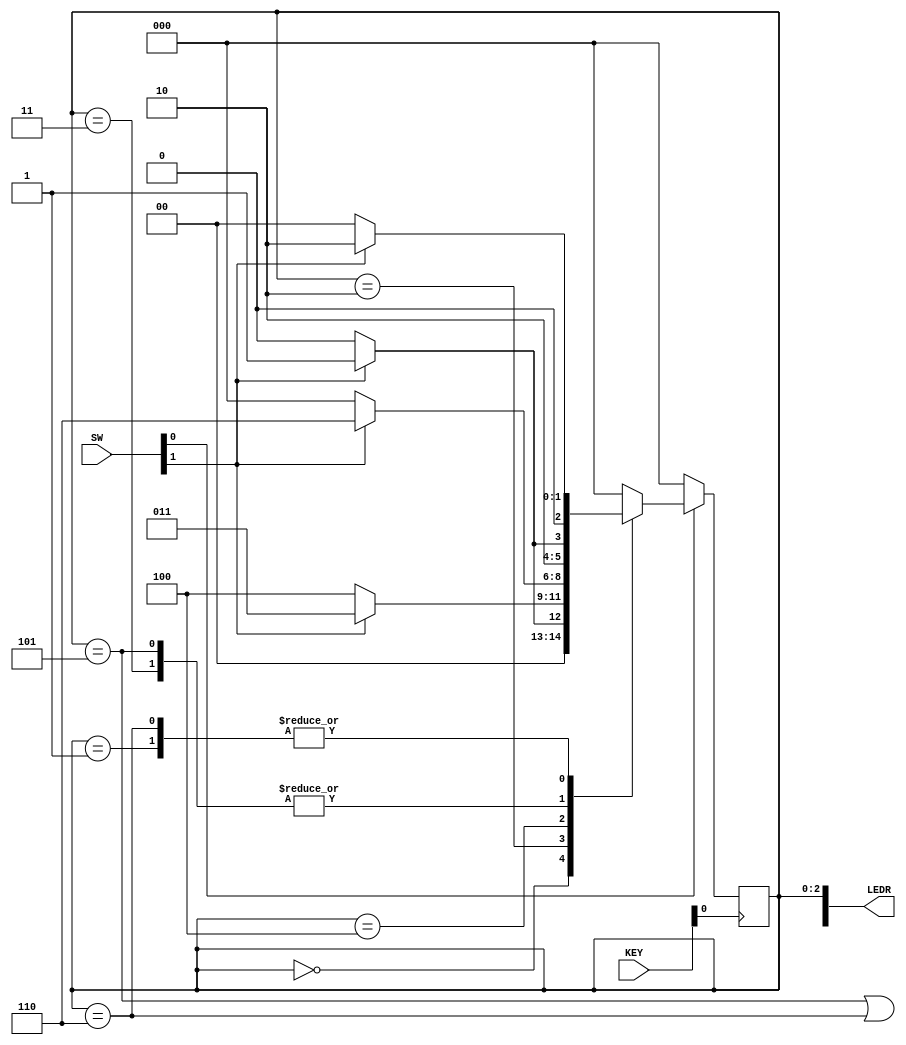
// SW[0] reset when 0
// SW[1] input signal (w)

// KEY[0] clock signal

// LEDR[2:0] displays current state
// LEDR[9] displays output

module sequence_detector(SW, KEY, LEDR);
    input [9:0] SW;
    input [3:0] KEY;
    output [9:0] LEDR;

    wire w, clock, resetn, out_light;
    
    reg [2:0] y_Q, Y_D; // y_Q represents current state, Y_D represents next state
    
    localparam A = 3'b000, B = 3'b001, C = 3'b010, D = 3'b011, E = 3'b100, F = 3'b101, G = 3'b110;
    
    assign w = SW[1];
    assign clock = ~KEY[0];
    assign resetn = SW[0];

    // State table
    // The state table should only contain the logic for state transitions
    // Do not mix in any output logic.  The output logic should be handled separately.
    // This will make it easier to read, modify and debug the code.

    always @(*)
    begin: state_table
        case (y_Q)
            A: begin
                   if (!w) Y_D = A;
                   else Y_D = B;
               end
            B: begin
                   if(!w) Y_D = A;
                   else Y_D = C;
               end
            C: begin
                   if(!w) Y_D = E;
                   else Y_D = D;
               end
            D: begin
                   if(!w) Y_D = E;
                   else Y_D = F;
               end
            E: begin
                   if(!w) Y_D = A;
                   else Y_D = G;
               end
            F: begin
                   if(!w) Y_D = E;
                   else Y_D = F;
               end
            G: begin
                   if(!w) Y_D = A;
                   else Y_D = C;
               end
            default: Y_D = A;
        endcase
    end // state_table
    
    // State Register (i.e., FFs)
    always @(posedge clock)
    begin: state_FFs
        if(resetn == 1'b0)
            y_Q <=  A; // Should set reset state to state A
        else
            y_Q <= Y_D;
    end // State Register

    // Output logic
    // Set out_light to 1 to turn on LED when in relevant states
    assign out_light = ((y_Q == F) || (y_Q == G));

    assign LEDR[9] = out_light;
    assign LEDR[2:0] = y_Q;
endmodule